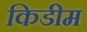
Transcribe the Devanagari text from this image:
किडीम